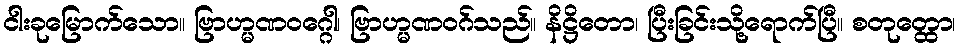
ငါးခုမြောက်သော။ ဗြာဟ္မဏဝဂ္ဂေါ၊ ဗြာဟ္မဏဝဂ်သည်။ နိဋ္ဌိတော၊ ပြီးခြင်းသို့ရောက်ပြီ။ စတုတ္ထော၊